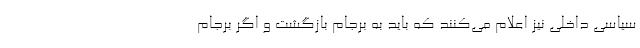
سیاسی داخلی نیز اعلام می‌کنند که باید به برجام بازگشت و اگر برجام